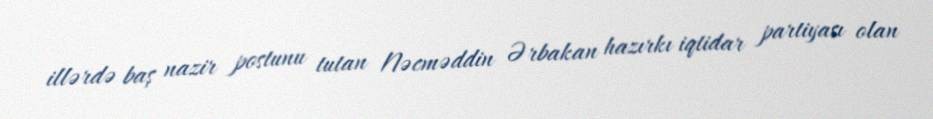
illərdə baş nazir postunu tutan Nəcməddin Ərbakan hazırkı iqtidar partiyası olan